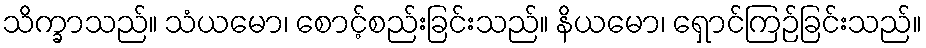
သိက္ခာသည်။ သံယမော၊ စောင့်စည်းခြင်းသည်။ နိယမော၊ ရှောင်ကြဉ်ခြင်းသည်။